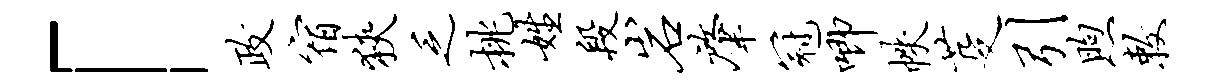
「政宿狭乏挑姓段岩肇冠唧帙芟引煦敕